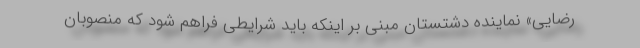
رضایی» نماینده دشتستان مبنی بر اینکه باید شرایطی فراهم شود که منصوبان